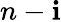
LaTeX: n-\mathbf{i}